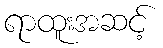
ရာထူးအဆင့်